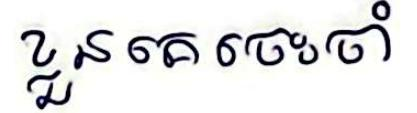
ខ្លួនគេចេះចាំ